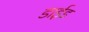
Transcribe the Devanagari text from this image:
डाईड